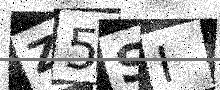
Text: Z5SI